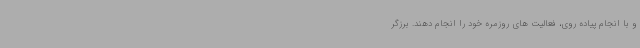
و با انجام پیاده روی، فعالیت های روزمره خود را انجام دهند. برزگر